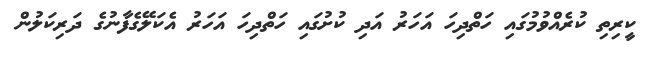
ކީރިތި ކުރެއްވުމުގައި ހަތްދިހަ އަހަރު އަދި ކުށުގައި ހަތްދިހަ އަހަރު އެކަލޭގެފާނުގެ ދަރިކަލުން